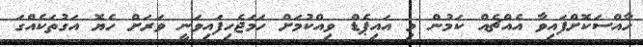
ހާއްސަކޮށްފައިވާ އެއްޗެއް ކަމުން މި އައިޕެޑް ވިއްކުމަށް ހަމަޖެހިފައިވަނީ ވަރަށް ހެޔޮ އަގުތަކެއްގަ